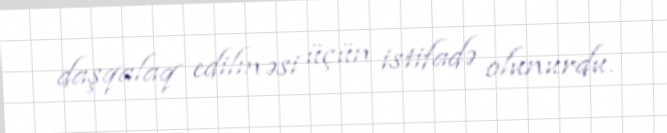
daşqalaq edilməsi üçün istifadə olunurdu.